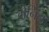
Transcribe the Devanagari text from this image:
मेनिन